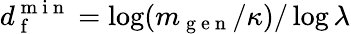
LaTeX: d_{\mathrm{~f~}}^{\mathrm{~m~i~n~}}=\log(m_{\mathrm{~g~e~n~}}/\kappa)/\log\lambda